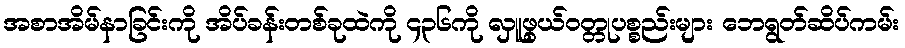
အစာအိမ်နာခြင်းကို အိပ်ခန်းတစ်ခုထဲကို ၄၃၆ကို လှူဖွယ်ဝတ္တုပစ္စည်းများ ဘေရွတ်ဆိပ်ကမ်း